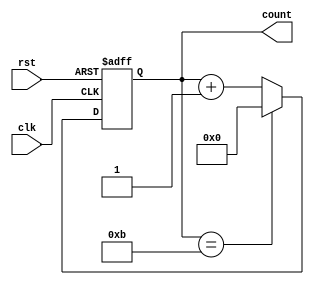
`timescale 1ns / 1ps
//////////////////////////////////////////////////////////////////////////////////
// Company: 
// Engineer: 
// 
// Design Name: 
// Module Name: mod_12_counter
// Project Name: 
// Target Devices: 
// Tool Versions: 
// Description: 
// 
// Dependencies: 
// 
// Revision:
// Revision 0.01 - File Created
// Additional Comments:
// 
//////////////////////////////////////////////////////////////////////////////////


module mod_12_counter(
input clk,rst,
output reg [3:0] count
    );
 always @(posedge clk or posedge rst) begin 
 if (rst==1)
 count<=4'h0;
 else if (count==4'b1011)
 count<=4'h0;
 else
 count<=count+1;
 end
    
    
endmodule